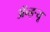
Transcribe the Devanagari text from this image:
ॲन्ड्र्‍यू